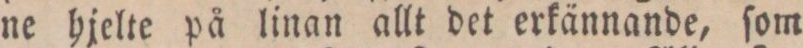
ne hjelte på linan allt det erkännande, ſom